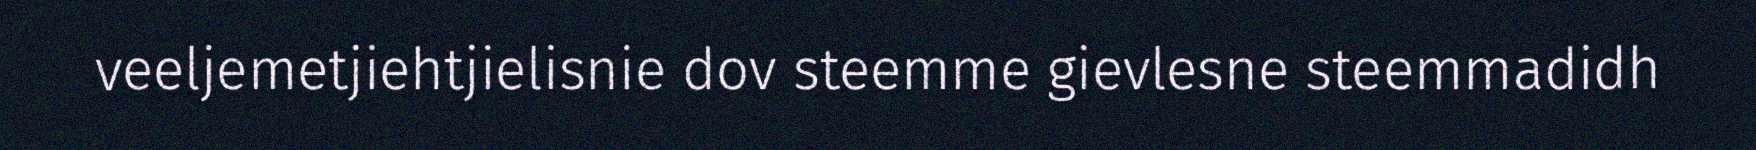
veeljemetjiehtjielisnie dov steemme gievlesne steemmadidh